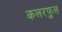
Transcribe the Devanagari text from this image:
कलरफुल